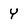
Character: Y